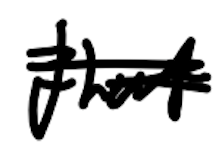
Text: that
Cross-out: scratch
Writing tool: digital_black